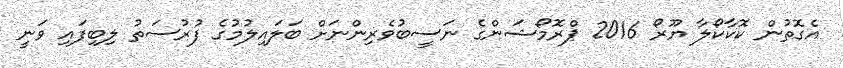
އެގޮތުން ކޮކާކޯލާ ޔޫރޯ 2016 ޕްރޮމޯޝަންގެ ނަސީބުވެރިންނަށް ބަލައިލުމުގެ ފުރުސަތު ލިބިފައި ވަނީ